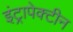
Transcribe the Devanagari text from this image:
इंट्रापेक्टीन